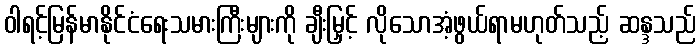
ဝါရင့်မြန်မာနိုင်ငံရေးသမားကြီးများကို ချီးမြှင့် လိုသောအံ့ဖွယ်ရာမဟုတ်သည့် ဆန္ဒသည်